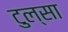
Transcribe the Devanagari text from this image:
टुल्‍सा